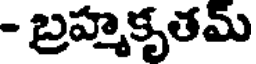
- బ్రహ్మకృతమ్